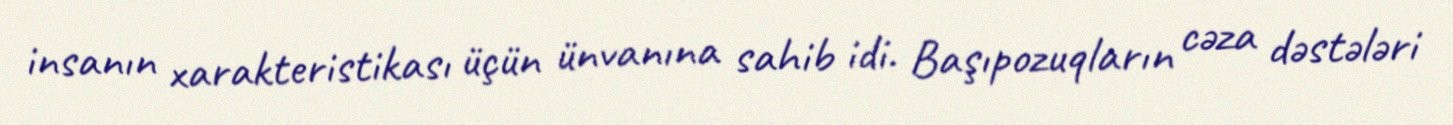
insanın xarakteristikası üçün ünvanına sahib idi. Başıpozuqların cəza dəstələri